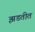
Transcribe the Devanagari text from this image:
झडतीत